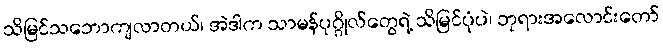
သိမြင်သဘောကျလာတယ်၊ အဲဒါက သာမန်ပုဂ္ဂိုလ်တွေရဲ့ သိမြင်ပုံပဲ၊ ဘုရားအလောင်းတော်